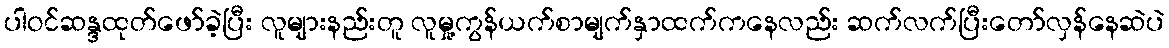
ပါဝင်ဆန္ဒထုတ်ဖော်ခဲ့ပြီး လူများနည်းတူ လူမှု့ကွန်ယက်စာမျက်နှာထက်ကနေလည်း ဆက်လက်ပြီးတော်လှန်နေဆဲပဲ